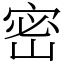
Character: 密